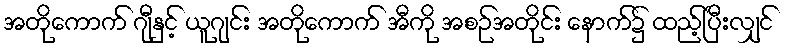
အတိုကောက် ဂျီနှင့် ယူဂျင်း အတိုကောက် အီကို အစဉ်အတိုင်း နောက်၌ ထည့်ပြီးလျှင်